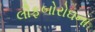
લૌફબોરોઘના